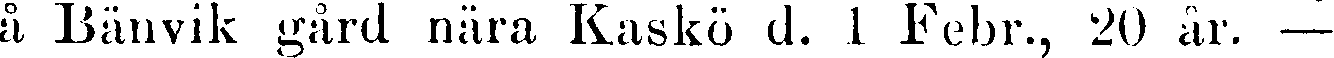
å Bänvik gård nära Kaskö d. 1 Febr., 20 år. —